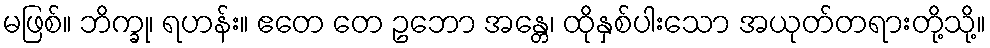
မဖြစ်။ ဘိက္ခု၊ ရဟန်း။ ဧတေ တေ ဥဘော အန္တေ၊ ထိုနှစ်ပါးသော အယုတ်တရားတို့သို့။